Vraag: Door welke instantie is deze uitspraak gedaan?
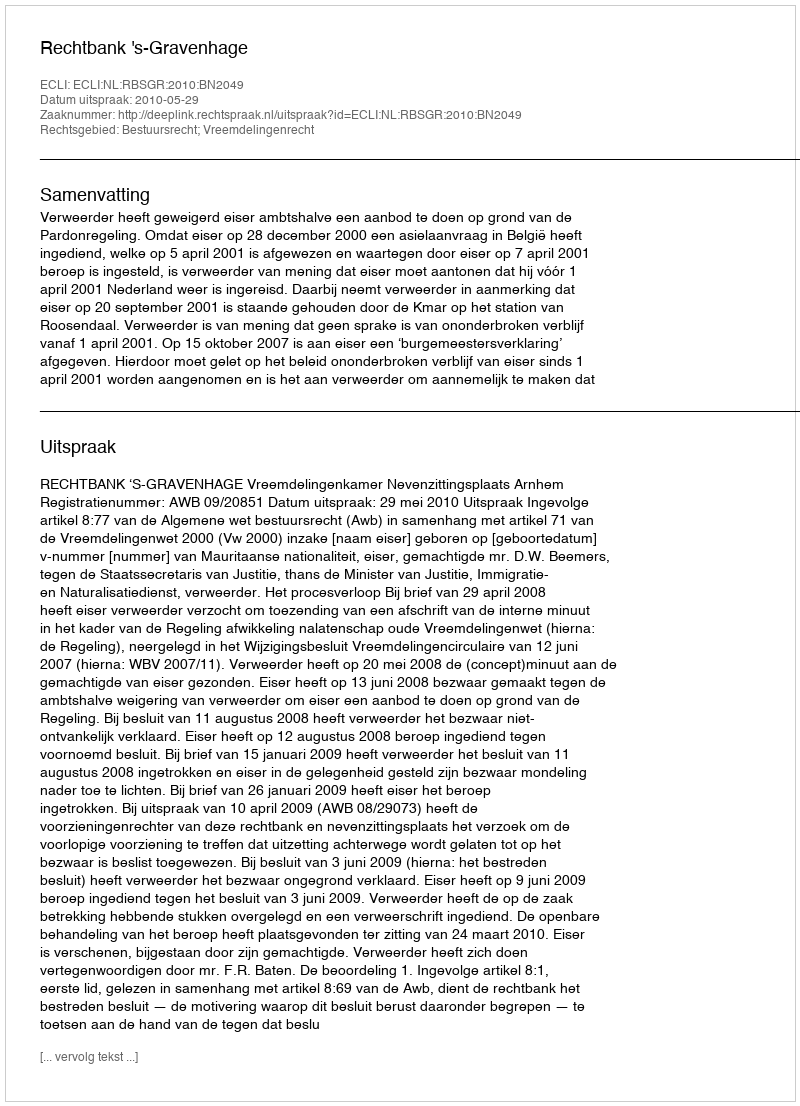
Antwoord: Rechtbank 's-Gravenhage